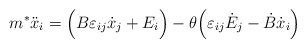
\begin{align*}m^*\ddot{x}_i=\Big(B\varepsilon_{ij}\dot{x}_j+E_i\Big)-\theta\Big(\varepsilon_{ij}\dot{E}_{j}-\dot{B}\dot{x}_{i}\Big)\end{align*}